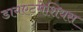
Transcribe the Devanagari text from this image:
डायएटमेशियस